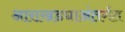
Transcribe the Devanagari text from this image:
आराखड्याअंतर्गत